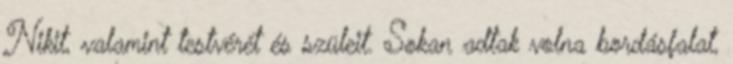
Nikit, valamint testvérét és szüleit. Sokan adtak volna bordásfalat,